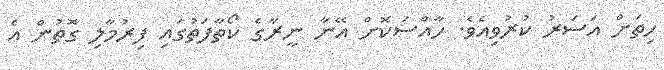
ހިތަށް އަސަރު ކުރުވިއެވެ. ހާއްސަކޮށް އޭނާ ނީރާގެ ކޯތާފަތުގައި ފިރުމާލި ގޮތުން އެ